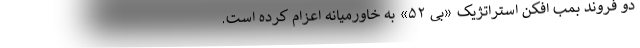
دو فروند بمب افکن استراتژیک «بی ۵۲» به خاورمیانه اعزام کرده است.